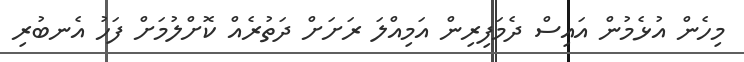
މިހެން އުޅެމުން އައިސް ދެމަފިރިން އަމިއްލަ ރަށަށް ދަތުރެއް ކޮށްލުމަށް ފަހު އެނބުރި